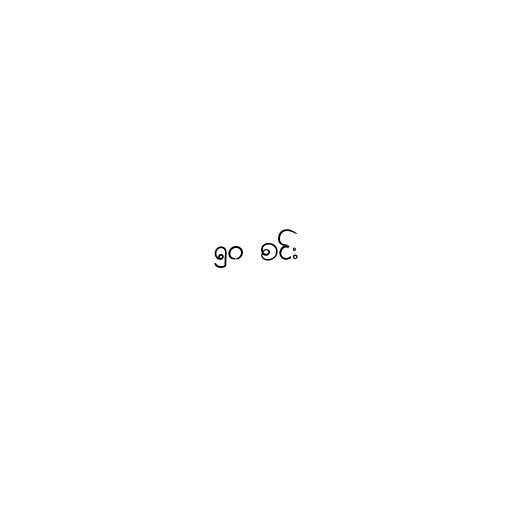
၅၀ စင်း